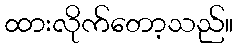
ထားလိုက်တော့သည်။